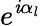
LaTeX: e^{\mathit{i}\alpha_{l}}